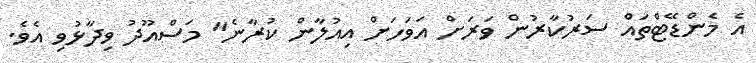
އެ މެންޑޭޓްތައް ސަރުކާރުން ވަރަށް އަވަހަށް އިއުލާން ކުރާނެ" މަސްއޫދު ވިދާޅުވި އެވެ.